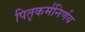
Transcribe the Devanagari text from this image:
पितृकर्मनिर्णय